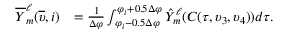
\begin{array} { r l } { \overline { { Y } } _ { m } ^ { \ell } ( \overline { { \upsilon } } , i ) } & { = \frac { 1 } { \Delta \varphi } \int \displaylimits _ { \varphi _ { i } - 0 . 5 \Delta \varphi } ^ { \varphi _ { i } + 0 . 5 \Delta \varphi } \hat { Y } _ { m } ^ { \ell } ( C ( \tau , \upsilon _ { 3 } , \upsilon _ { 4 } ) ) d \tau . } \end{array}